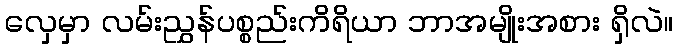
လှေမှာ လမ်းညွှန်ပစ္စည်းကိရိယာ ဘာအမျိုးအစား ရှိလဲ။